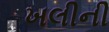
ખલીની